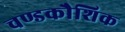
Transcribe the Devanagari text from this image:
चण्डकौशिक